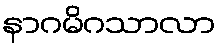
နာဂမိဂသာလာ